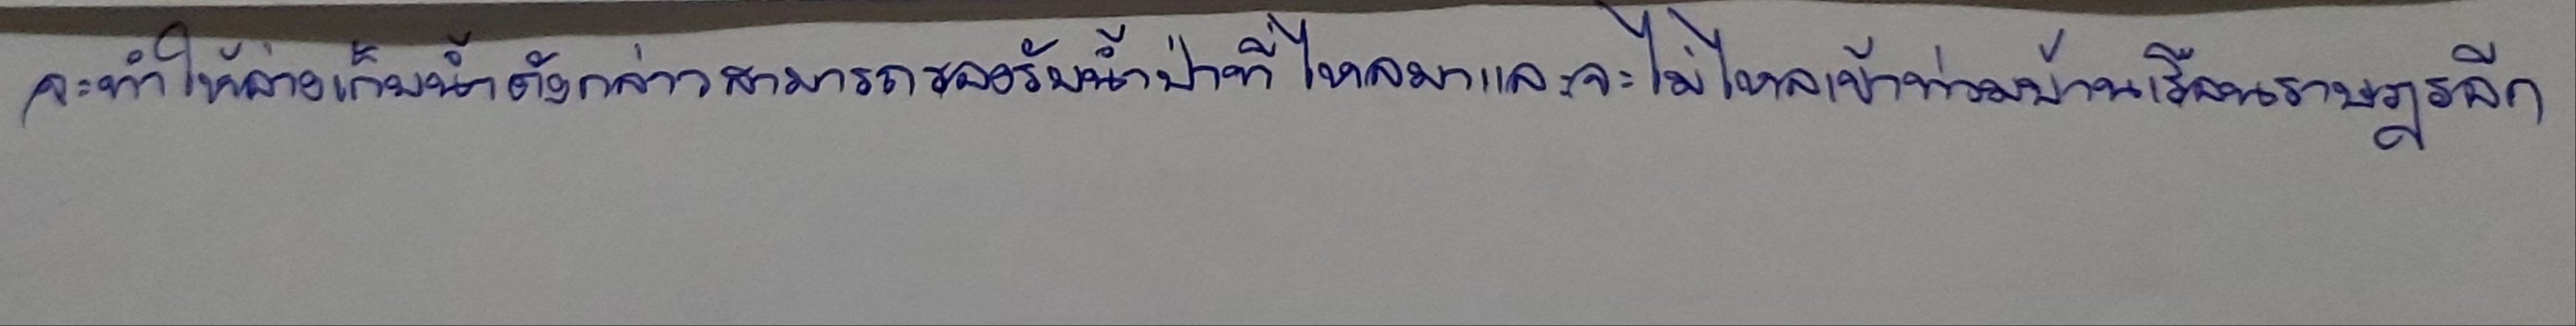
จะทำให้อ่างเก็บน้ำดังกล่าวสามารถรองรับน้ำป่าที่ไหลมาและจะไม่ไหลเข้าท่วมบ้านเรือนราษฎรอีก